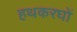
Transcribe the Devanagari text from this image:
हथकरघों